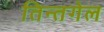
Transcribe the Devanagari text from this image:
तिन्तगेल